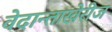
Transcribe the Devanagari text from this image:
वेदान्ताखेरीज